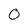
Character: O